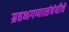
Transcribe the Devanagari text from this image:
ग्रहभगणासंबंधीचे